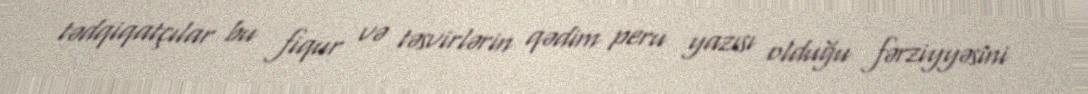
tədqiqatçılar bu fiqur və təsvirlərin qədim peru yazısı olduğu fərziyyəsini